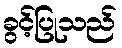
ခွင့်ပြုသည်